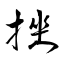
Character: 挫